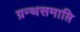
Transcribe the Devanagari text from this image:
ग्रन्थसमाप्ति